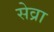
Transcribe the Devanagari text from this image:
सेव्रा